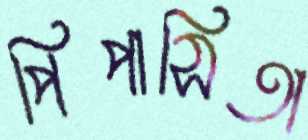
পিপাসিতা